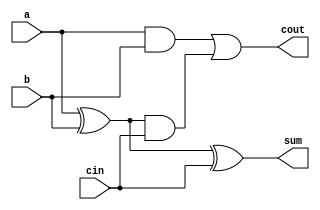
`timescale 1ns / 1ps

// Conceptually a full adder has an A, B, and Cin. The output should be Sum and Cout.
// The digital logic behind Sum is A xor B xor Cin.
// The digital logic behind Cout is (A and B) or ((A xor B) and Cin)
// The idea is to create a ripple carry adder using multiple full adders that feed into each other.

// This is structural logic using gates and no always blocks. 

// STRUCTURAL LOGIC -> ONLY DIGITAL GATES
module full_adder(
    input a,
    input b,
    input cin,
    output sum,
    output cout
);

    wire axorb;
    
    wire aandb;
    wire axorbandcin;

    // Sum logic...
    xor(axorb, a, b);
    xor(sum, axorb, cin);

    // Cout logic...
    and(aandb, a, b);
    and(axorbandcin, axorb, cin);
    or(cout, aandb, axorbandcin);

endmodule